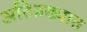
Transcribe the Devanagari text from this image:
अतिप्रख्यात